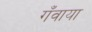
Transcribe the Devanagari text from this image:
गँवाया